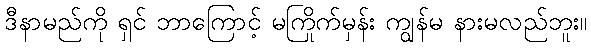
ဒီနာမည်ကို ရှင် ဘာကြောင့် မကြိုက်မှန်း ကျွန်မ နားမလည်ဘူး။